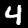
Label: 4